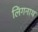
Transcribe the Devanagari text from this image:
लिंगनाथ